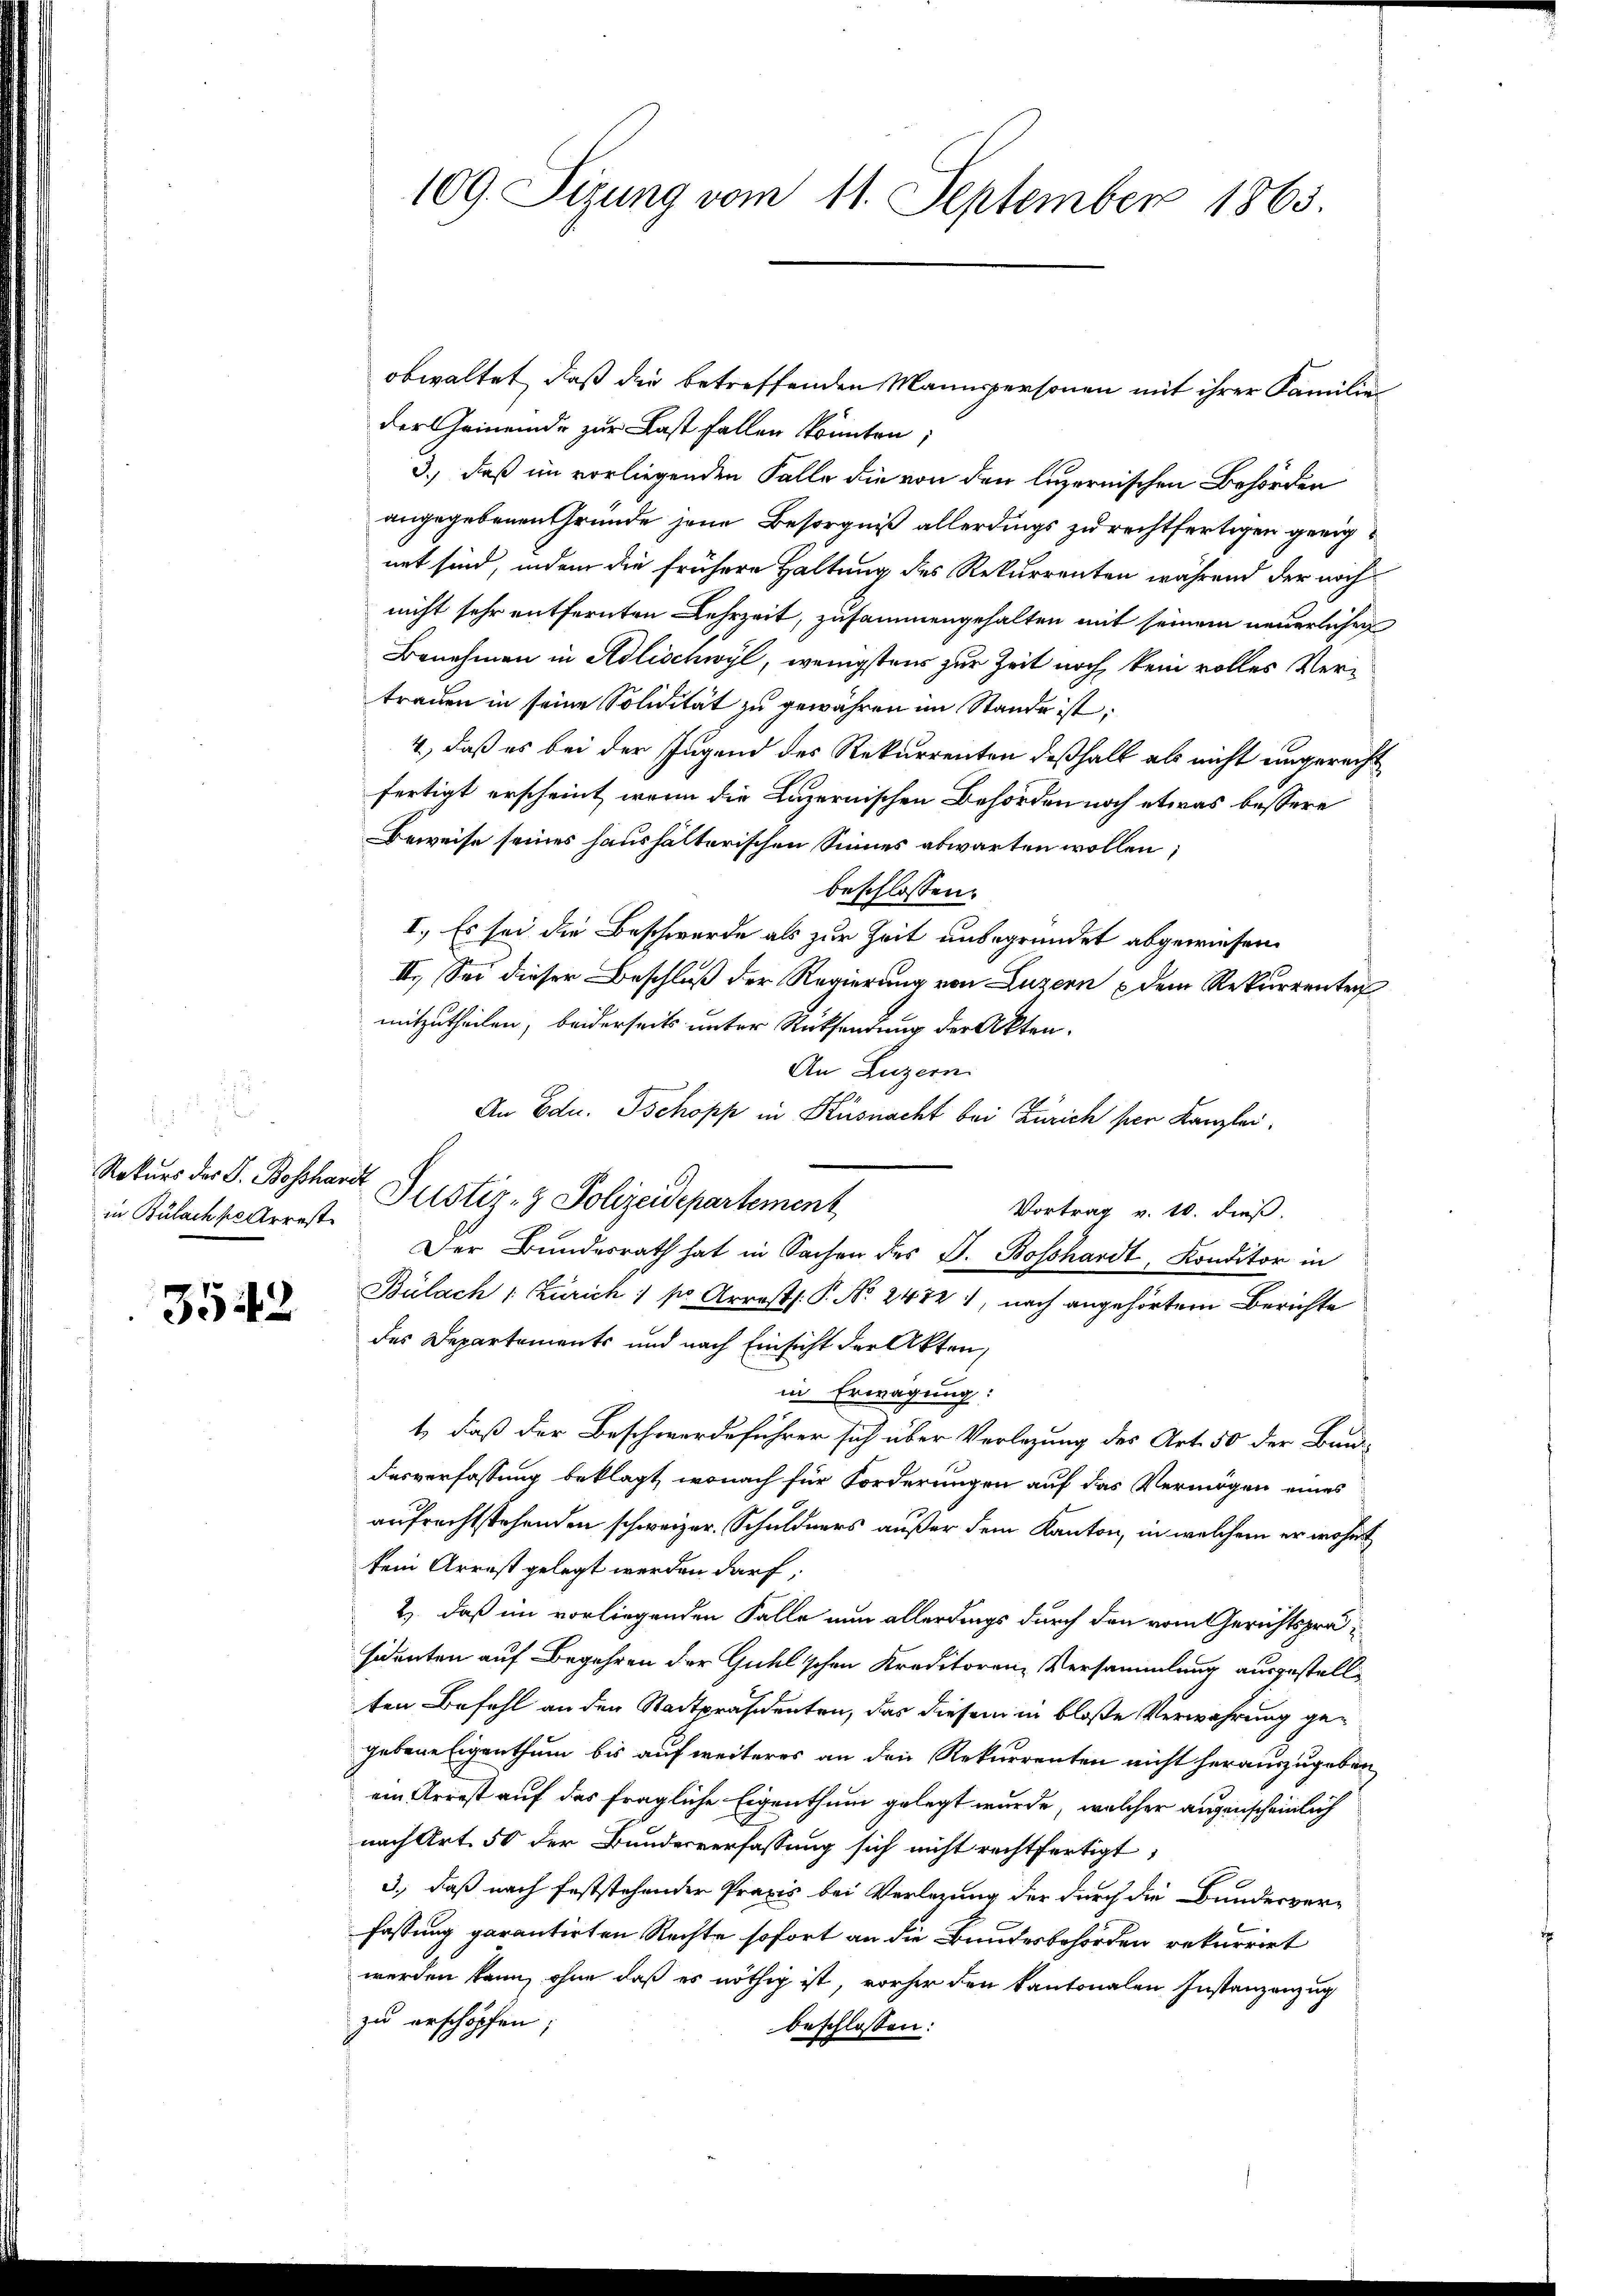
in Bülach pr Arrest

3542

obwaltet, daß die betreffenden Mannspersonen mit ihrer Familien
der Gemeinde zur Last fallen könnten;
3.) daß im vorliegenden Falle die von den luzernischen Behörden
angegebenen Gründe jene Besorgniß allerdings zu rechtfertigen geeignet sind, indem die frühere Haltung des Rekurrenten während der noch
nicht sehr entfernten Lehrzeit, zusammengehalten mit seinem neuerlichen
Benehmen in Adlischwyl, wenigstens zur Zeit noch kein volles Vertrauen in seine Solidität zu gewähren im Stande ist:
4, daß es bei der Jugend des Rekurrenten deßhalb als nicht ungerecht
fertigt erscheint, wenn die Luzernischen Behörden noch etwas bessere
Beweise seines haushalterischen Sinnes abwarten wollen;
beschlossen:
I. Es sei die Beschwerde als zur Zeit unbegründet abgewiesen.
II. Sei dieser Beschluß der Regierung von Luzern dem Rekurrenten
mitzutheilen, beiderseits unter Rücksendung der Akten.
An Luzern
An Edu. Tschopp in Küsnacht bei Zürich per Kanzlei,
Vortrag v. 10. dieß.
Der Bundesrath hat in Sachen des J. Bosshardt, Konditor in
Bülach : Zürich / sr Arrestl. P. Nr. 2472, nach angehörter Berichte
des Departements und nach Einsicht der Akten,
in Erwägung:
t, daß der Beschwerdeführer sich über Verlegung des Art. 50 der Bun-
Fesverfassung beklagt, wonach für Forderungen auf das Vermögen eines
aufrechtstehenden schweizer. Schuldners außer dem Kanton, in welchem er wohnt
kein Arrest gelegt werden darf,
2. daß im vorliegenden Falle nun allerdings durch den vom Gerichtspräsidenten auf Begehren der Guhlschen Kreditorenz Versammlung ausgestellten Befehl an den Stadtpräsidenten, das diesem in bloße Verwahrung gegebene Eigenthum bis auf weiteres an den Rekurrenten nicht herauszugeben
ein Arrest auf das fragliche Eigenthum gelegt wurde, welcher augenscheinlich
nach Art. 50 der Bundesverfassung sich nicht rechtfertigt,
3., daß nach feststehender Praxis bei Verlegung der durch die Bundesver-
fassung garantirten Rechte sofort an die Bundesbehörden rekurrirt
werden kann, ohne daß es nöthig ist, vorher den kantonalen Instanzenzug
zu erschöpfen;
beschlossen:

109. Sizung vom 11. September 1865.

Rekurs der S. Boschardt Justiz- & Polizeidepartement